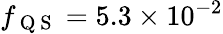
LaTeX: f_{\mathrm{~Q~S~}}=5.3\times 10^{-2}